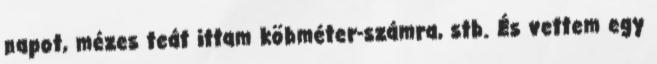
napot, mézes teát ittam köbméter-számra, stb. És vettem egy